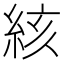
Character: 絯